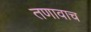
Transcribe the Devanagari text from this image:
तणावाच